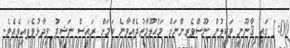
1:00 ގައި ޤާނޫނީ ވަކީލުން ނޫސްވެރިންނަށް މައުލޫމާތުދެއްވާނެ ކަމަށް ރައީސް ނަޝީދު ވިދާޅުވެފައިވެއެވެ.